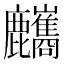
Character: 𪋸